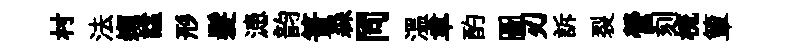
村法嬾諡形髮漶韵簣森同溫聿酌圖刃訴裂營刻梳簞